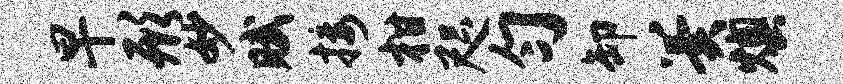
早形妙赋接柑咫匀卸翼燠